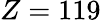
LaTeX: Z=119